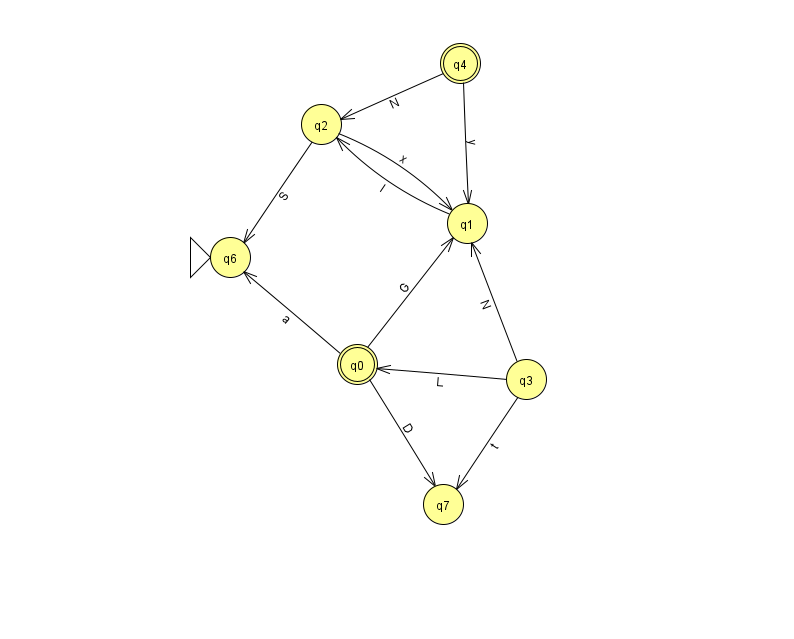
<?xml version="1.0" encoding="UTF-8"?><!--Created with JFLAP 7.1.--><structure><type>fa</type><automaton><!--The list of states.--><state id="0" name="q0"><x>357.0</x><y>351.0</y><final/></state><state id="1" name="q1"><x>467.0</x><y>210.0</y></state><state id="2" name="q2"><x>321.0</x><y>111.0</y></state><state id="3" name="q3"><x>526.0</x><y>366.0</y></state><state id="4" name="q4"><x>460.0</x><y>50.0</y><final/></state><state id="6" name="q6"><x>230.0</x><y>244.0</y><initial/></state><state id="7" name="q7"><x>443.0</x><y>491.0</y></state><!--The list of transitions.--><transition><from>3</from><to>7</to><read>t</read></transition><transition><from>3</from><to>1</to><read>N</read></transition><transition><from>0</from><to>1</to><read>G</read></transition><transition><from>3</from><to>0</to><read>L</read></transition><transition><from>0</from><to>7</to><read>D</read></transition><transition><from>2</from><to>6</to><read>S</read></transition><transition><from>1</from><to>2</to><read>I</read></transition><transition><from>0</from><to>6</to><read>a</read></transition><transition><from>2</from><to>1</to><read>x</read></transition><transition><from>4</from><to>2</to><read>N</read></transition><transition><from>4</from><to>1</to><read>y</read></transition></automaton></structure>